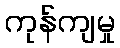
ကုန်ကျမှု